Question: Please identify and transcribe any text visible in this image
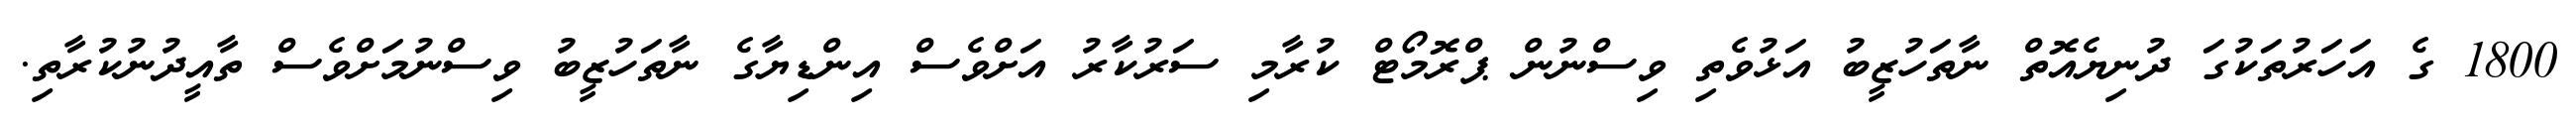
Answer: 1800 ގެ އަހަރުތަކުގަ ދުނިޔެއޮތް ނާތަހުޒީބު އަޅުވެތި ވިސްނުން ޕްރޮމޯޓް ކުރާމި ސަރުކާރު އަށްވެސް އިންޑިޔާގެ ނާތަހުޒީބު ވިސްނުމަށްވެސް ތާއީދުނުކުރާތި.